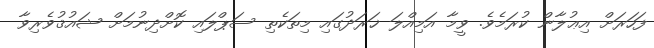
ފަހަރަށް އިޢުލާން ކުރަމެވެ. ވީމާ އަމިއްލަ ޚަރަދުގައި މިތަކެތި ސަޕްލައި ކޮށްދިނުމަށް ޝައުޤުވެރިވާ